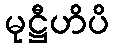
မုဋ္ဌီဟိပိ